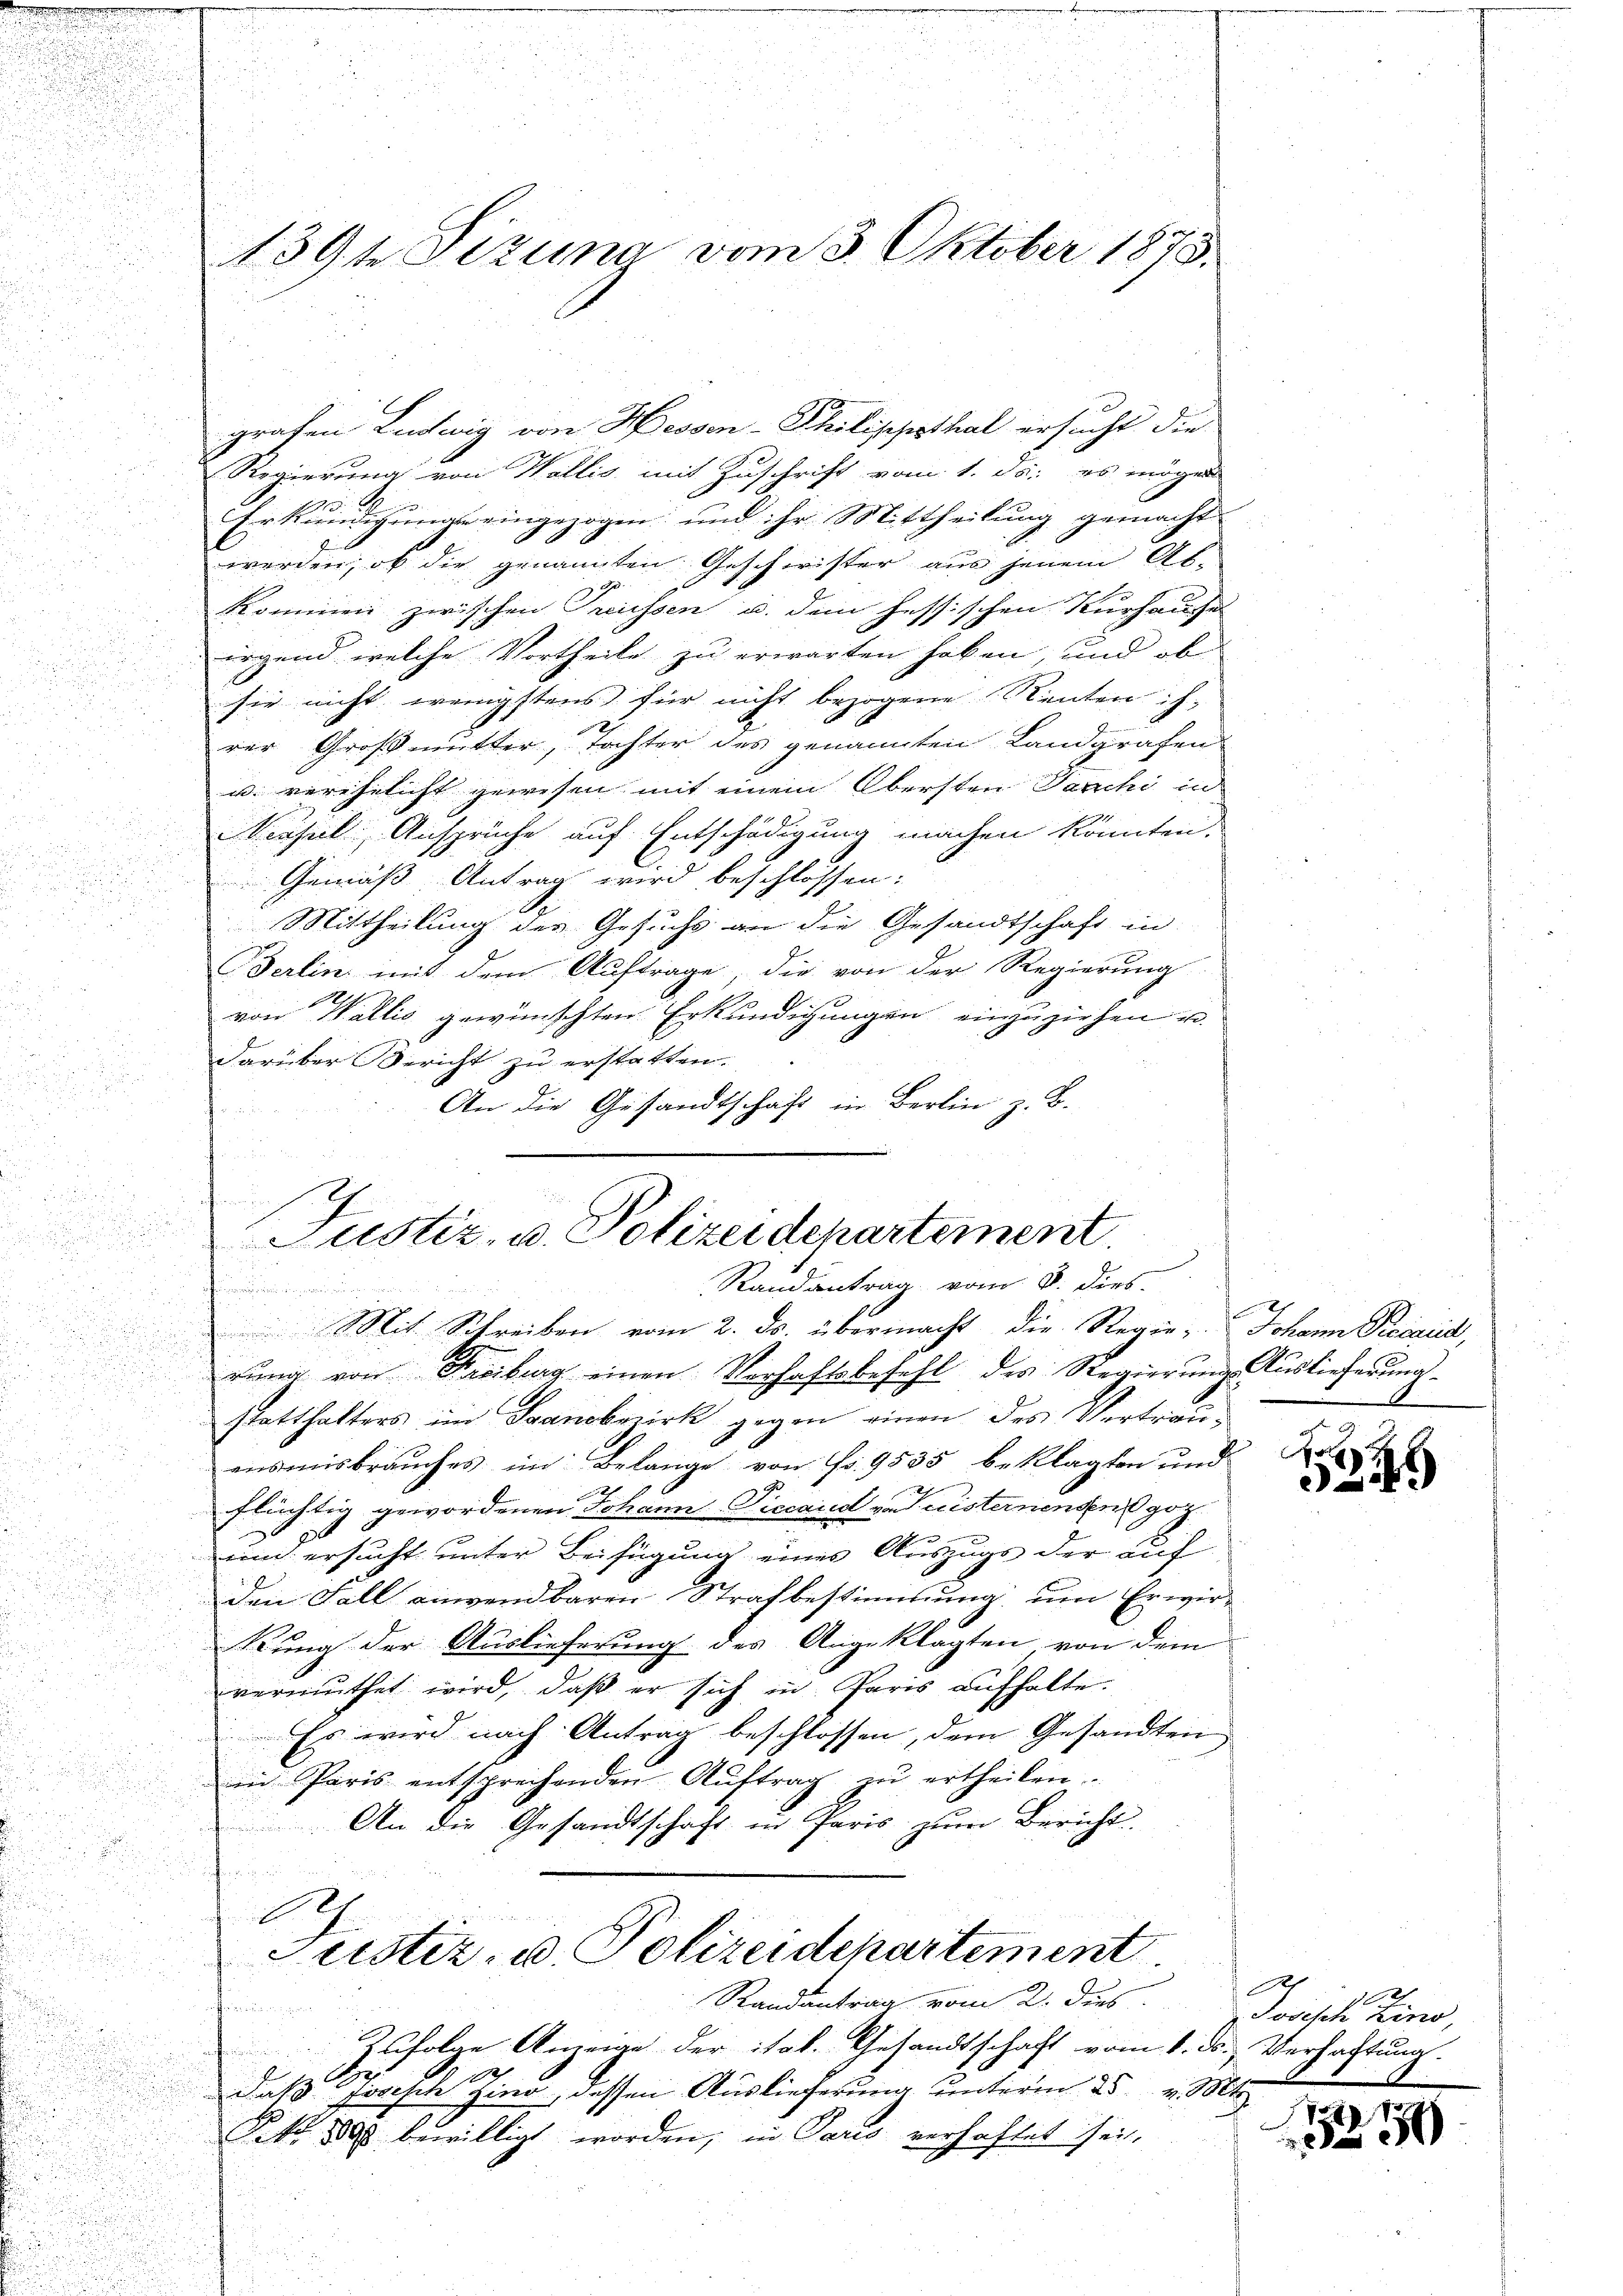
139t Setzung vom 3. Oktober 1873.

graben Ludwig von Hessen-Philippsthal ersucht die
Regierung von Wallis mit Zuschrift vom 1. ds. es mögen
i
Urkundigung eingezogen und ihr Mittheilung gemacht
werden, ob die genannten Geschwester aus jenem Atkommen zwischen Preussen u. dem hessischen Kurhausel
irgend welche Vortheile zu erwarten haben, und ob
a
d

sie nicht wenigstens für nicht bezogene Renten ih

rer Großmutter, Tochter des genannten Landgrafen
3
u. verehelicht gewesen mit einem Obersten Paschi in
2
Versel, Ansprüche auf Entschädigung machen könnten.
.
s

Gemäß Antrag wird beschlossen:
u
 Mittheilung des Gesucht an die Gesandtschaft in
Berlin mit dem Auftrage, die von der Regierung
von Wallis gewünschten Erkundigungen einzuziehen u.
darüber Bericht zu erstatten.
.
An die Gesandtschaft in Berlin z. B.
2

s

.

.
Mit Schreiben vom 2. ds. übermacht die Regie-Johann Recaud,
rŭng von Freiburg einen Vorhaftsbefehl des Regierung Auslieferung
statthalters im Sanobezirk gegen einen des Vertrauansmisbrauches im Belange von Fr. 9535 beklagten und
2
flüchtig gewordenen Johann Viccand vonisternenden got
.
2
um ersucht unter Beifügung eines Auszugs der auf
den Fall anwendbaren Strafbestimmung um Erwir¬
Kung der Auslieferung des Angeklagten von dem
vermuthet wird, daß er sich in Paris aufhalte.
Es wird nach Antrag beschlossen, dem Gesandten
in Paris entsprechenden Auftrag zu ertheilen.
An die Gesandtschaft in Paris zum Bericht.

x
Justiz- u. Polizeidchartement
u
Randantrag vom 2. dies
differ drei in de
Zufolge Anzeige der ital. Gesandtschaft vom 1. ds. Verhaftung.
100.
daß Josisch sino, dessen Auslieferung unterm 25. v. Mt
NNo. 800 bewilligt worden, in Paris verhaftet sei.

17
Justiz- u. Polizeidepartement
Randantrag vom 8. dies

o
5249)

2
Jodisch Eino,
2

50